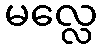
မလ္လေ